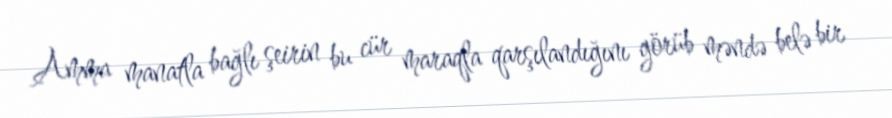
Amma manatla bağlı şeirin bu cür maraqla qarşılandığını görüb məndə belə bir